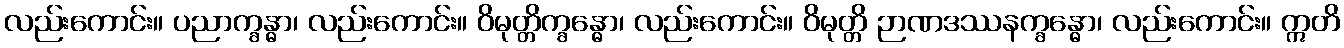
လည်းကောင်း။ ပညာက္ခန္ဓာ၊ လည်းကောင်း။ ဝိမုတ္တိက္ခန္ဓော၊ လည်းကောင်း။ ဝိမုတ္တိ ဉာဏဒဿနက္ခန္ဓော၊ လည်းကောင်း။ ဣတိ